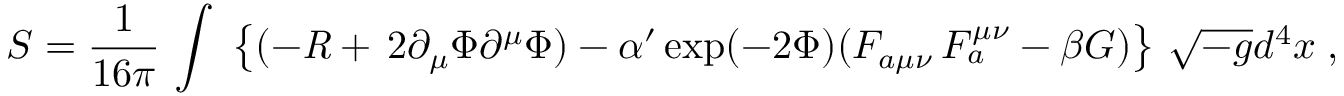
S = \frac { 1 } { 1 6 \pi } \, \int \; \left\{ ( - { \it R } + \, 2 \partial _ { \mu } \Phi \partial ^ { \mu } \Phi ) - \alpha ^ { \prime } \exp ( - 2 \Phi ) ( F _ { a \mu \nu } \, F _ { a } ^ { \mu \nu } - \beta { G } ) \right\} \, \sqrt { - g } d ^ { 4 } x \; ,